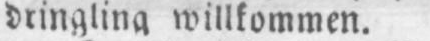
willkommen.